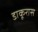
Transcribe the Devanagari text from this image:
डाकूरास